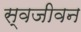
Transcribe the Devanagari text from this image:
स्वजीवन